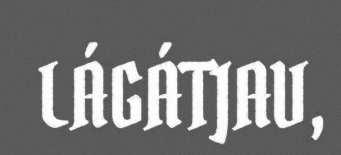
LÁGÁTJAV,